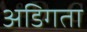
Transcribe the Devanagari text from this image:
अडिगता